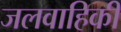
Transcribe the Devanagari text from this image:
जलवाहिकी